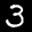
Label: 3